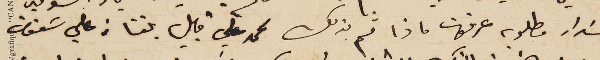
سَداد مطلوبه عرفونا ماذا تم بذلك محمد علي قبيل بلغنا من علي سَعفان